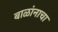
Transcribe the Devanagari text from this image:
बाळांनाचा